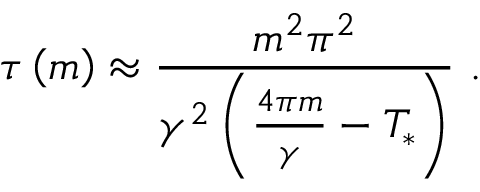
\tau \left( m \right) \approx \frac { m ^ { 2 } \pi ^ { 2 } } { \gamma ^ { 2 } \left( \frac { 4 \pi m } { \gamma } - T _ { * } \right) } \ .